Document type: Sale
Year: 1354
Scribe: Bernat de Torre
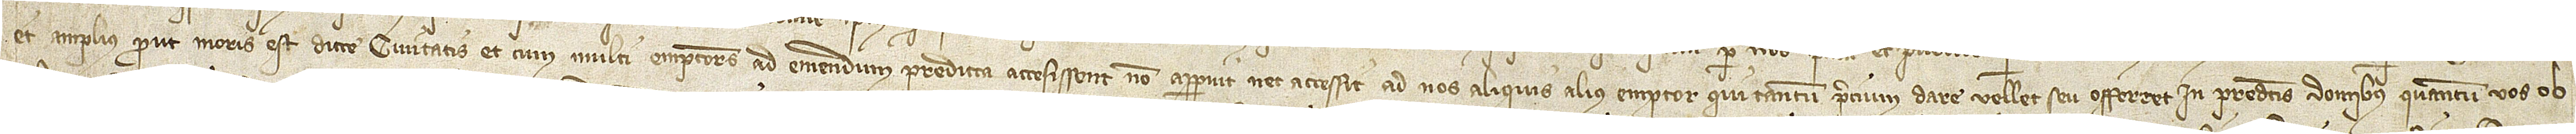
et amplius, prout moris est dicte civitatis. Et cum multi emptores ad emendum predicta accesissent, non apparuit nec accessit ad nos aliquis alius emptor qui tantum precium dare vellet seu offerret in predictis domibus quantum vos ob-